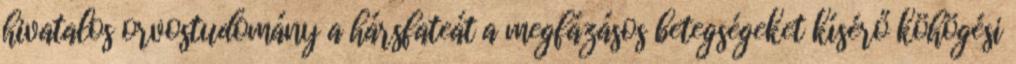
hivatalos orvostudomány a hársfateát a megfázásos betegségeket kísérő köhögési